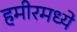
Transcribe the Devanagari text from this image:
हमीरमध्ये